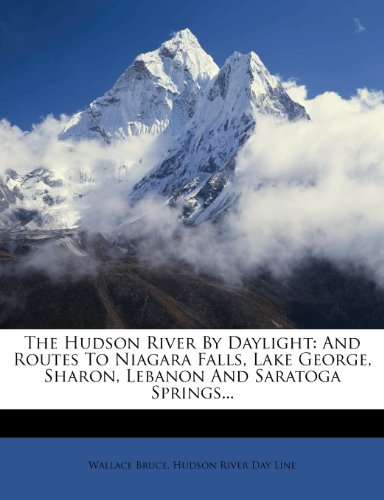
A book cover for The Hudson River By Daylight: And Routes To Niagara Falls, Lake George, Sharon, Lebanon And Saratoga Springs...; Wallace Bruce; History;